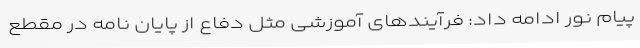
پیام نور ادامه داد: فرآیند‌های آموزشی مثل دفاع از پایان نامه در مقطع